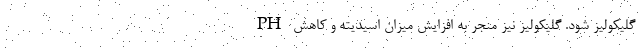
گلیکولیز شود. گلیکولیز نیز منجر به افزایش میزان اسیدیته و کاهش PH